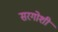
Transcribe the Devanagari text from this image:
सरगोशी